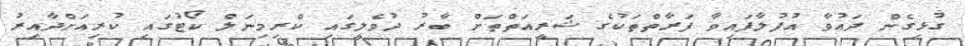
ގުޅިގެން ދައުވާ އުފުލާފައިވާ ފަރާތްތަކުގެ ޝަރީއަތްތަށް ބާރު ދުވެލީގައި ކްރިމިނަލް ކޯޓުގައި ކުރިއަށްދާއިރު